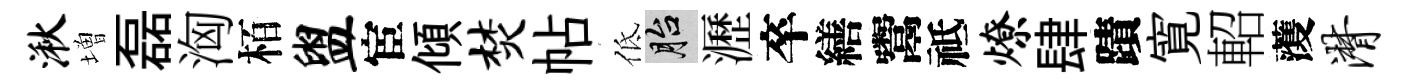
湫増磊洶栢盥宦傾焚帖低胎瀝卒繕鬻祗燎肆蹟寛軺𮑮潸